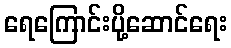
ရေကြောင်းပို့ဆောင်ရေး